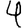
Digit: 4